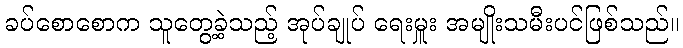
ခပ်စောစောက သူတွေ့ခဲ့သည့် အုပ်ချုပ် ရေးမှူး အမျိုးသမီးပင်ဖြစ်သည်။